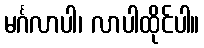
မင်္ဂလာပါ၊ လာပါထိုင်ပါ။